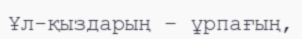
Ұл-қыздарың – ұрпағың,